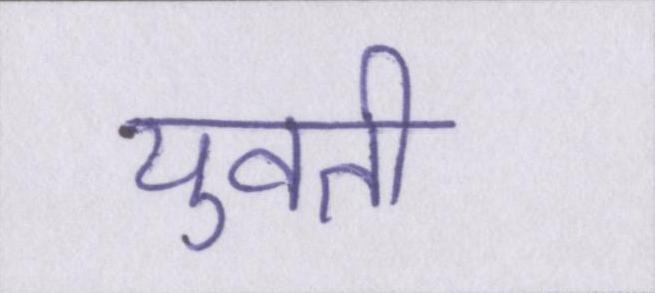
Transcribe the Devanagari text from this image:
युवती